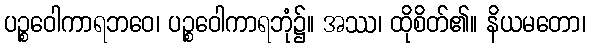
ပဉ္စဝေါကာရဘဝေ၊ ပဉ္စဝေါကာရဘုံ၌။ အဿ၊ ထိုစိတ်၏။ နိယမတော၊